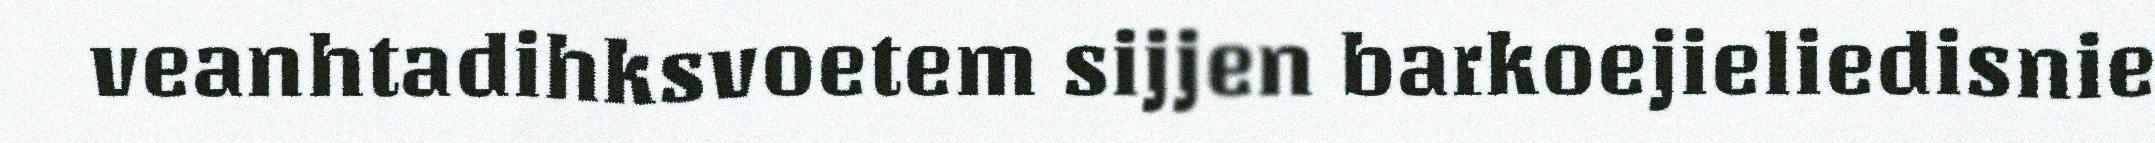
veanhtadihksvoetem sijjen barkoejieliedisnie